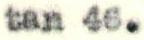
tan 46.